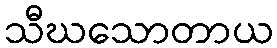
သီဃသောတာယ